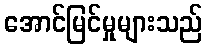
အောင်မြင်မှုများသည်